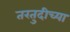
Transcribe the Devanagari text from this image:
तरतुदीच्या